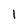
Character: 1